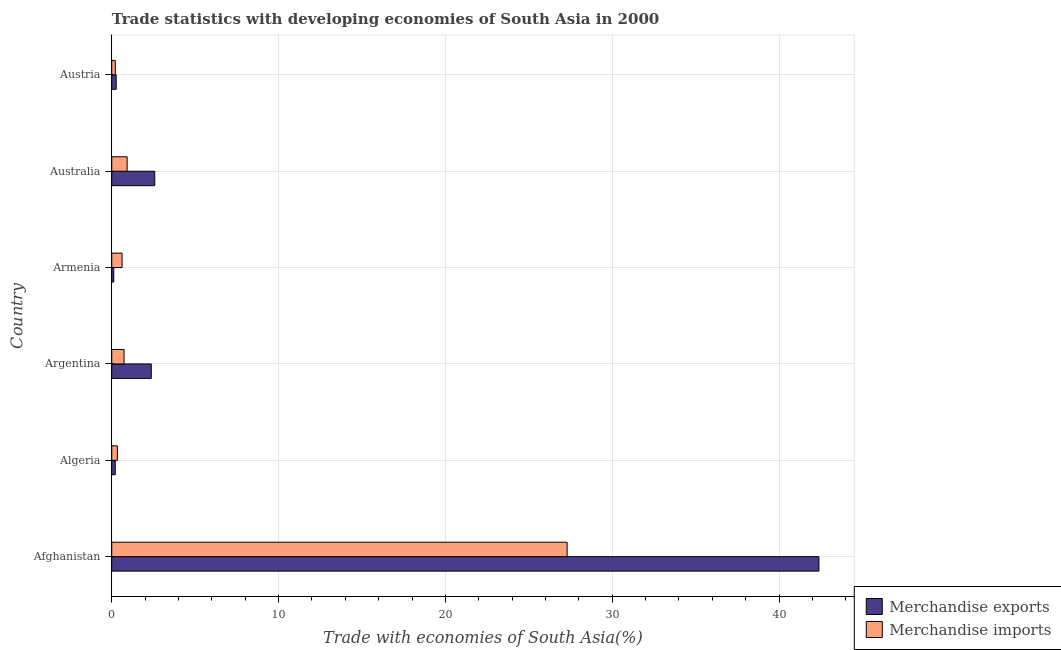
| Country | Merchandise exports | Merchandise imports |
 | --- | --- | --- |
 | Afghanistan | 42.4 | 27.3 |
 | Algeria | 0.211 | 0.338 |
 | Argentina | 2.37 | 0.738 |
 | Armenia | 0.12 | 0.619 |
 | Australia | 2.58 | 0.923 |
 | Austria | 0.267 | 0.214 |